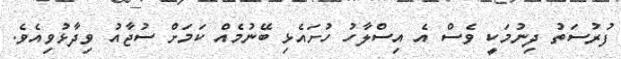
ފުރުސަތު ދިނުމަކީ ވެސް އެ އިސްލާހު ހުށައެޅި ބޭނުމެއް ކަމަށް ސުޖާއު ވިދާޅުވިއެވެ.